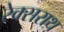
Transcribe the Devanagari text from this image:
रेक्सराथ